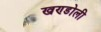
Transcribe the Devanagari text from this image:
खण्डोली